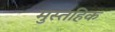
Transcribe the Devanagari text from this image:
मुस्तहिक